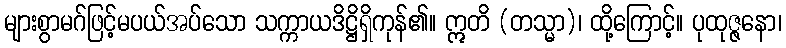
များစွာမဂ်ဖြင့်မပယ်အပ်သော သက္ကာယဒိဋ္ဌိရှိကုန်၏။ ဣတိ (တသ္မာ)၊ ထို့ကြောင့်။ ပုထုဇ္ဇနော၊